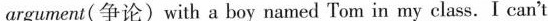
argument(争论) with a boy named Tom in my elass. I can't